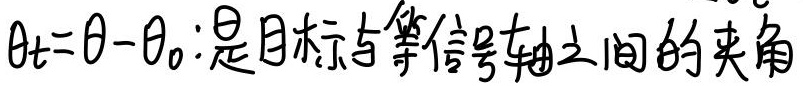
\(\theta_{t}=\theta - \theta_{0}\)：是目标与等信号轴之间的夹角